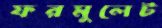
ফরমুলেট